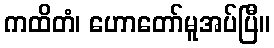
ကထိတံ၊ ဟောတော်မူအပ်ပြီ။